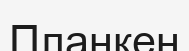
Планкен